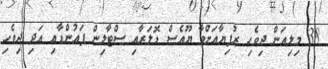
38 މިލިއަން ދިވެހި ރުފިޔާއަށްވާ ޔޫއެސް ޑޮލަރާއި ސްޓާލިން ޕައުންޑާއި އަދި ދިވެހި